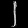
Digit: ၂